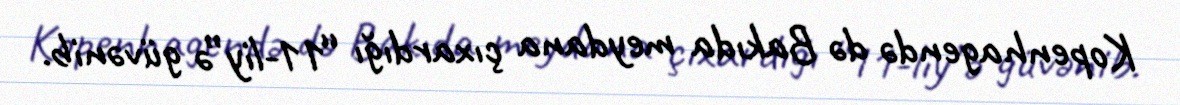
Kopenhagendə də Bakıda meydana çıxardığı “11-liy”ə güvənib.